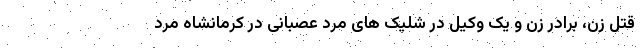
قتل زن، برادر زن و یک وکیل در شلیک های مرد عصبانی در کرمانشاه مرد